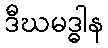
ဒီဃမဒ္ဓါန